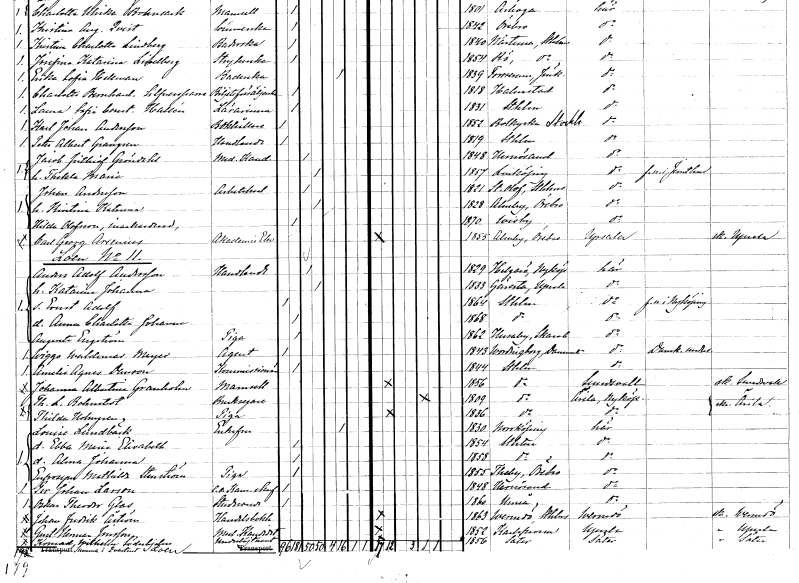
gt_parse: households: individuals: FN: Jacob Frithiof
EN: Gröndahl
YRKE: Medicine kandidat
KON: M
CIV: G
FODAR: 1848
FODFORS: Härnösand Västernorrlands län
FN: Thekla Maria
KON: K
CIV: G
FODAR: 1857
FODFORS: Linköping Östergötlands län
FN: Johan
EN: Andersson
YRKE: Arbetskarl
KON: M
CIV: G
FODAR: 1821
FODFORS: Sankt Olof Stockholms län
FN: Kristina Katarina
KON: K
CIV: G
FODAR: 1828
FODFORS: Almby Örebro län
FN: Hilda
EN: Olofsson
YRKE: Inackorderad
KON: K
CIV: O
FODAR: 1870
FODFORS: Visby Gotlands län
FN: Carl Georg
EN: Arsenius
YRKE: Akademielev
KON: M
CIV: O
FODAR: 1855
FODFORS: Almby Örebro län
FN: Anders Adolf
EN: Andersson
YRKE: Handlande
KON: M
CIV: G
FODAR: 1829
FODFORS: Helgarö Södermanlands län
FN: Katarina Johanna
KON: K
CIV: G
FODAR: 1833
FODFORS: Giresta Uppsala län
FN: Ernst Adolf
KON: M
CIV: O
FODAR: 1864
FODFORS: Stockholm
FN: Anna Charlotta Johanna
KON: K
CIV: O
FODAR: 1868
FODFORS: Stockholm
FN: Augusta
EN: Engström
YRKE: Piga
KON: K
CIV: O
FODAR: 1862
FODFORS: Husaby Skaraborgs län
FN: Wiggo Waldemar
EN: Meyer
YRKE: Agent
KON: M
CIV: O
FODAR: 1843
FN: Amelie Agnes
EN: Danson
YRKE: Kommissionär
KON: K
CIV: O
FODAR: 1844
FODFORS: Stockholm
FN: Johanna Albertina
EN: Granholm
KON: K
CIV: O
FODAR: 1856
FODFORS: Stockholm
FN: Th. L.
EN: Bohnstedt
YRKE: Bruksägare
KON: M
CIV: E
FODAR: 1809
FODFORS: Stockholm
FN: Thilda
EN: Holmgren
YRKE: Piga
KON: K
CIV: O
FODAR: 1836
FODFORS: Stockholm
FN: Louise
EN: Lundbäck
KON: K
CIV: E
FODAR: 1830
FODFORS: Norrköping Östergötlands län
FN: Ebba Maria Elisabeth
KON: K
CIV: O
FODAR: 1854
FODFORS: Stockholm
FN: Alma Johanna
KON: K
CIV: O
FODAR: 1858
FODFORS: Stockholm
FN: Eufrosyne Mathilda
EN: Stenström
YRKE: Piga
KON: K
CIV: O
FODAR: 1855
FODFORS: Täby Örebro län
FN: Per Johan
EN: Larson
YRKE: Kammarskrivare e.o.
KON: M
CIV: O
FODAR: 1848
FODFORS: Härnösand Västernorrlands län
FN: Oskar Theodor
EN: Glas
YRKE: Studerande
KON: M
CIV: O
FODAR: 1860
FODFORS: Umeå Västerbottens län
FN: Johan Fredrik
EN: Åström
YRKE: Handelsbokhållare
KON: M
CIV: O
FODAR: 1863
FODFORS: Värmdö Stockholms län
FN: Gustaf Herman
EN: Jonsson
YRKE: Medicine kandidat
KON: M
CIV: O
FODAR: 1852
FODFORS: Karlskrona Blekinge län
FN: Konrad Wilhelm
EN: Söderhjelm
YRKE: Underlöjtnant
KON: M
CIV: O
FODAR: 1856
FODFORS: Säter Kopparbergs län